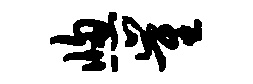
窗崔